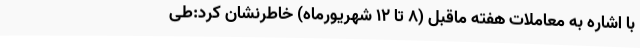
با اشاره به معاملات هفته ماقبل (8 تا 12 شهریورماه) خاطرنشان کرد:طی